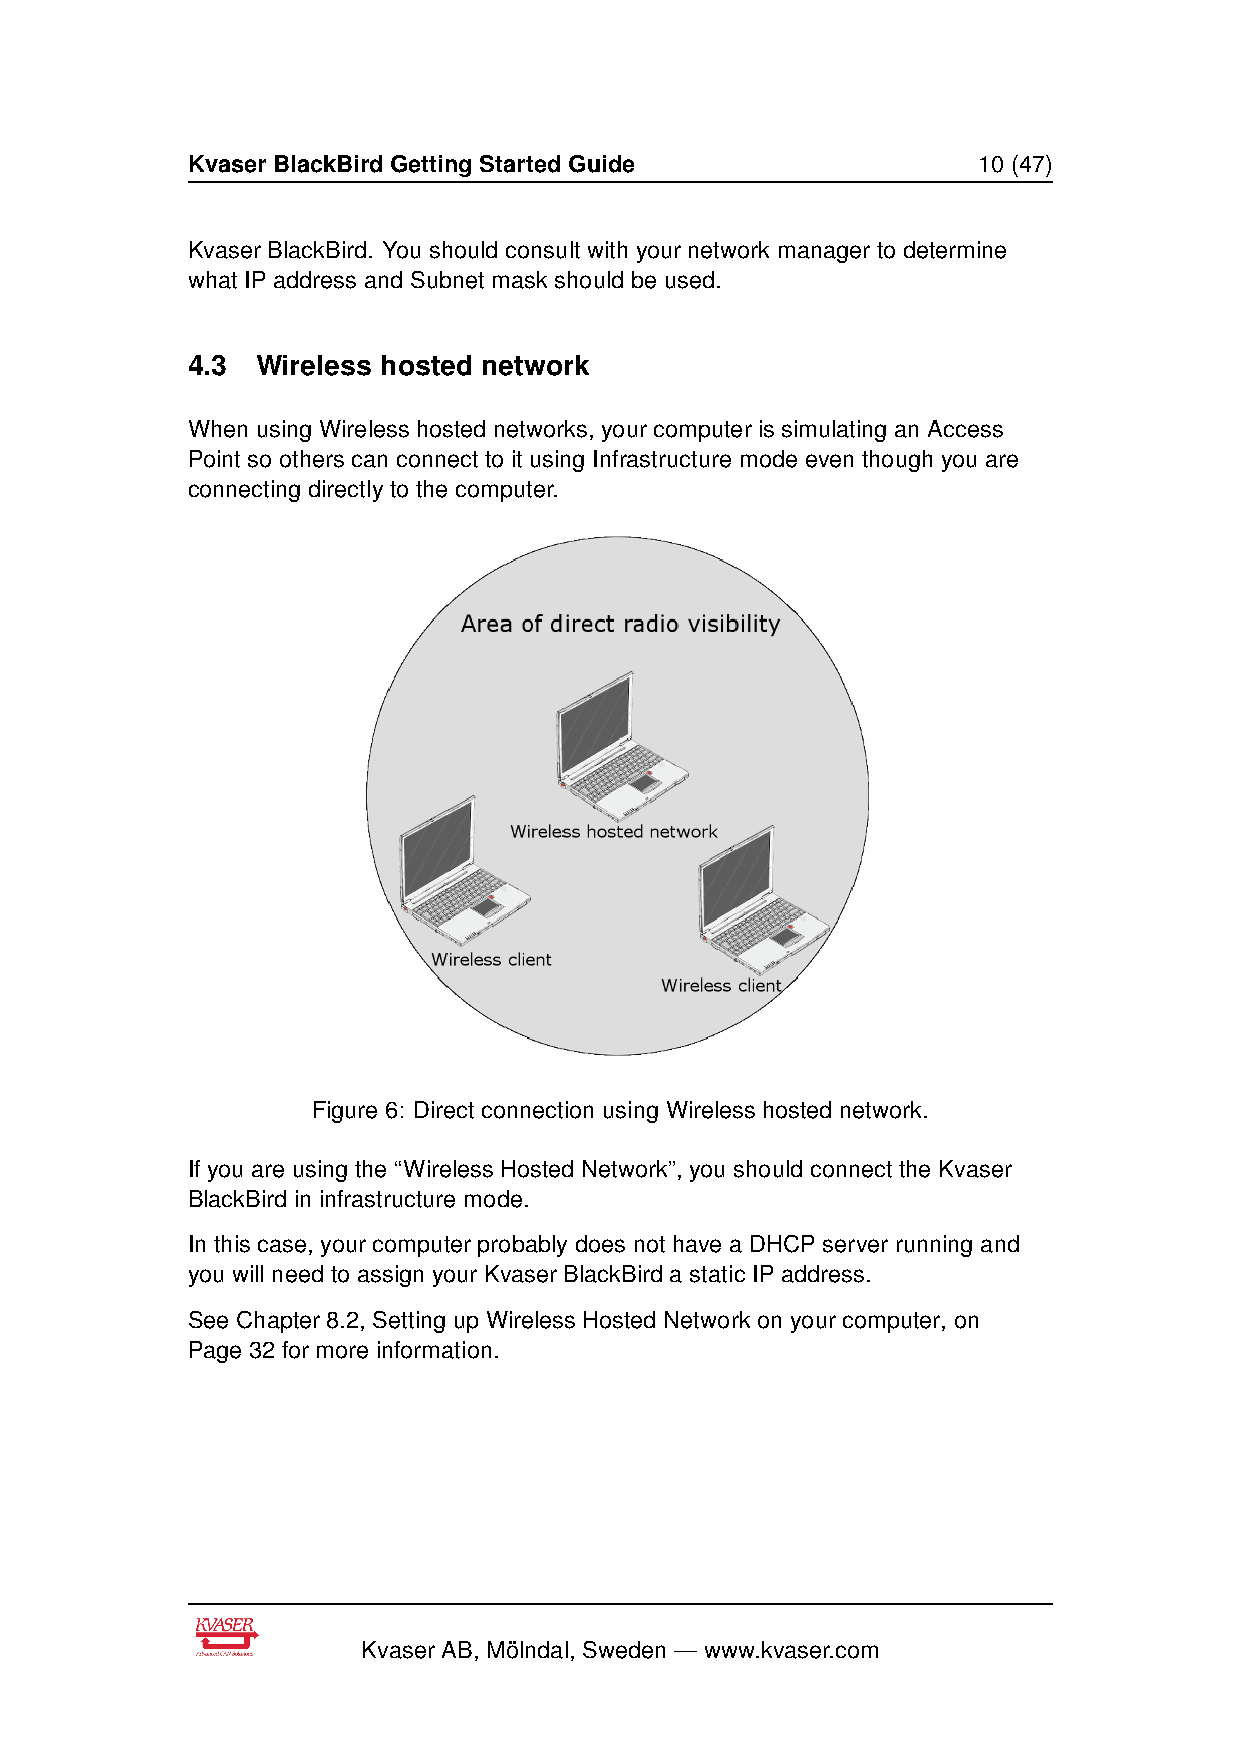
Kvaser BlackBird Getting Started Guide               10 (47)
 Kvaser BlackBird. You should consult with your network manager to determine
 what IP address and Subnet mask should be used.
 4.3  Wireless hosted network
 When using Wireless hosted networks, your computer is simulating an Access
 Point so others can connect to it using Infrastructure mode even though you are
 connecting directly to the computer.
 Figure 6: Direct connection using Wireless hosted network.
 If you are using the “Wireless Hosted Network”, you should connect the Kvaser
 BlackBird in infrastructure mode.
 In this case, your computer probably does not have a DHCP server running and
 you will need to assign your Kvaser BlackBird a static IP address.
 See Chapter 8.2, Setting up Wireless Hosted Network on your computer, on
 Page 32 for more information.
 Kvaser AB, Mölndal, Sweden — www.kvaser.com